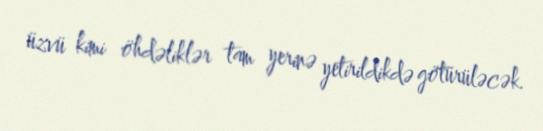
üzvü kimi öhdəliklər tam yerinə yetirildikdə götürüləcək.